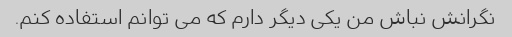
نگرانش نباش من یکی دیگر دارم که می توانم استفاده کنم.